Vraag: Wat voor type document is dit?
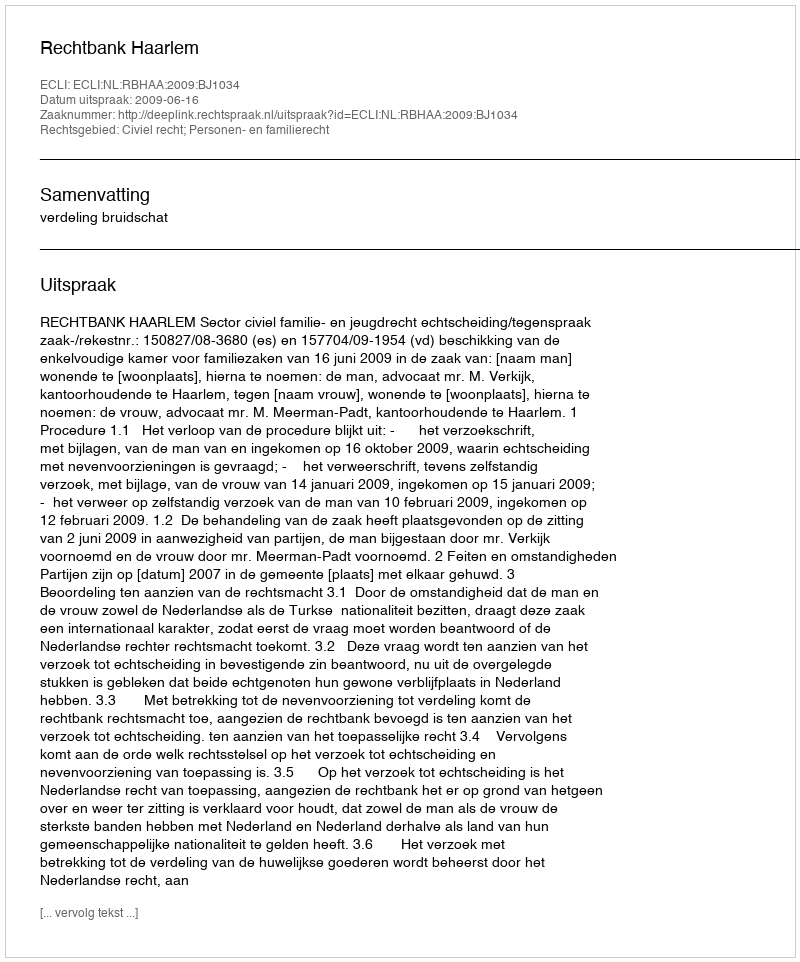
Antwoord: Uitspraak